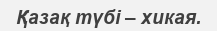
Қазақ түбі – хикая.